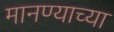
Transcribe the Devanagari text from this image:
मानण्याच्या